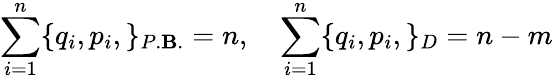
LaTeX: \sum_{i=1}^{n}\{ q_{i},p_{i},\} _{P.\mathbf{B}.}=n,\quad\sum_{i=1}^{n}\{ q_{i},p_{i},\} _{D}={n-m}